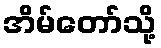
အိမ်တော်သို့